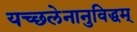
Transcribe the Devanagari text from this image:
यच्छलेनानुविद्धम्